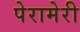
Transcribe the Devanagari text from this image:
पेरामेरी